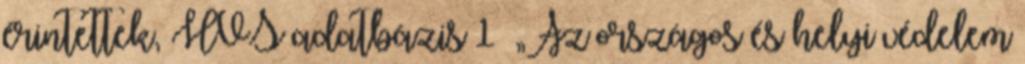
érintettek, HVS adatbázis 1 ▪„Az országos és helyi védelem